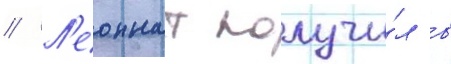
// Л'еоннат получи́л в